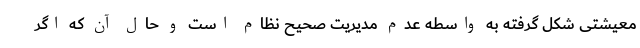
معیشتی شکل گرفته به واسطه عدم مدیریت صحیح نظام است و حال آن که اگر